Report on vaccination in the Province of Bengal - 1874-1889
Year: 1874
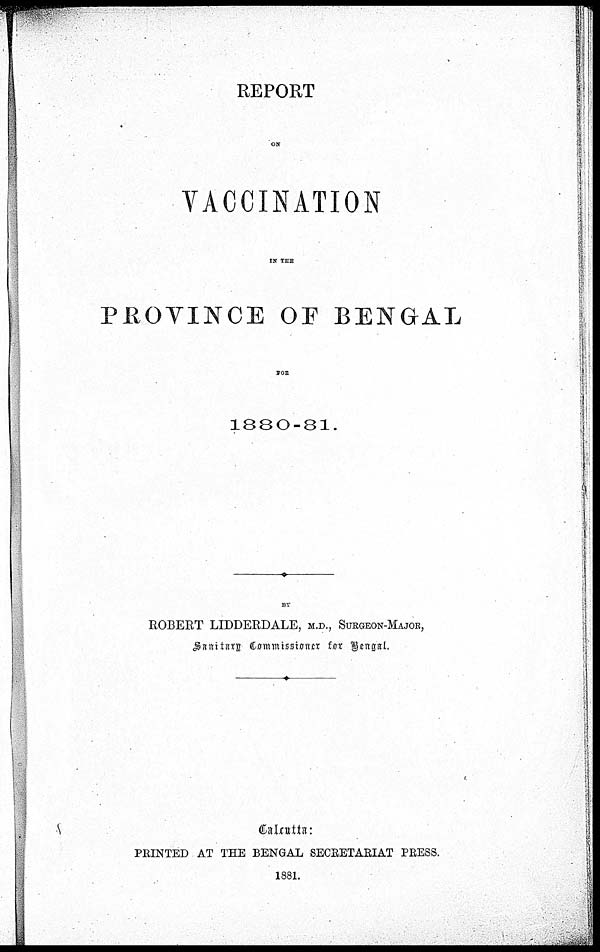
REPORT
ON
VACCINATION
IN THE
PROVINCE OF BENGAL
FOR
1880-81.
BY
ROBERT LIDDERDALE, M.D., SURGEON-MAJOR,
Sanitary Commissoner for Bengal.
Calcutta:
PRINTED AT THE BENGAL SECRETARIAT PRESS.
1881.